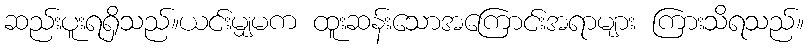
ဆည်းပူးရရှိသည်။ယင်းမျှမက ထူးဆန်းသောအကြောင်းအရာများ ကြားသိရသည်။